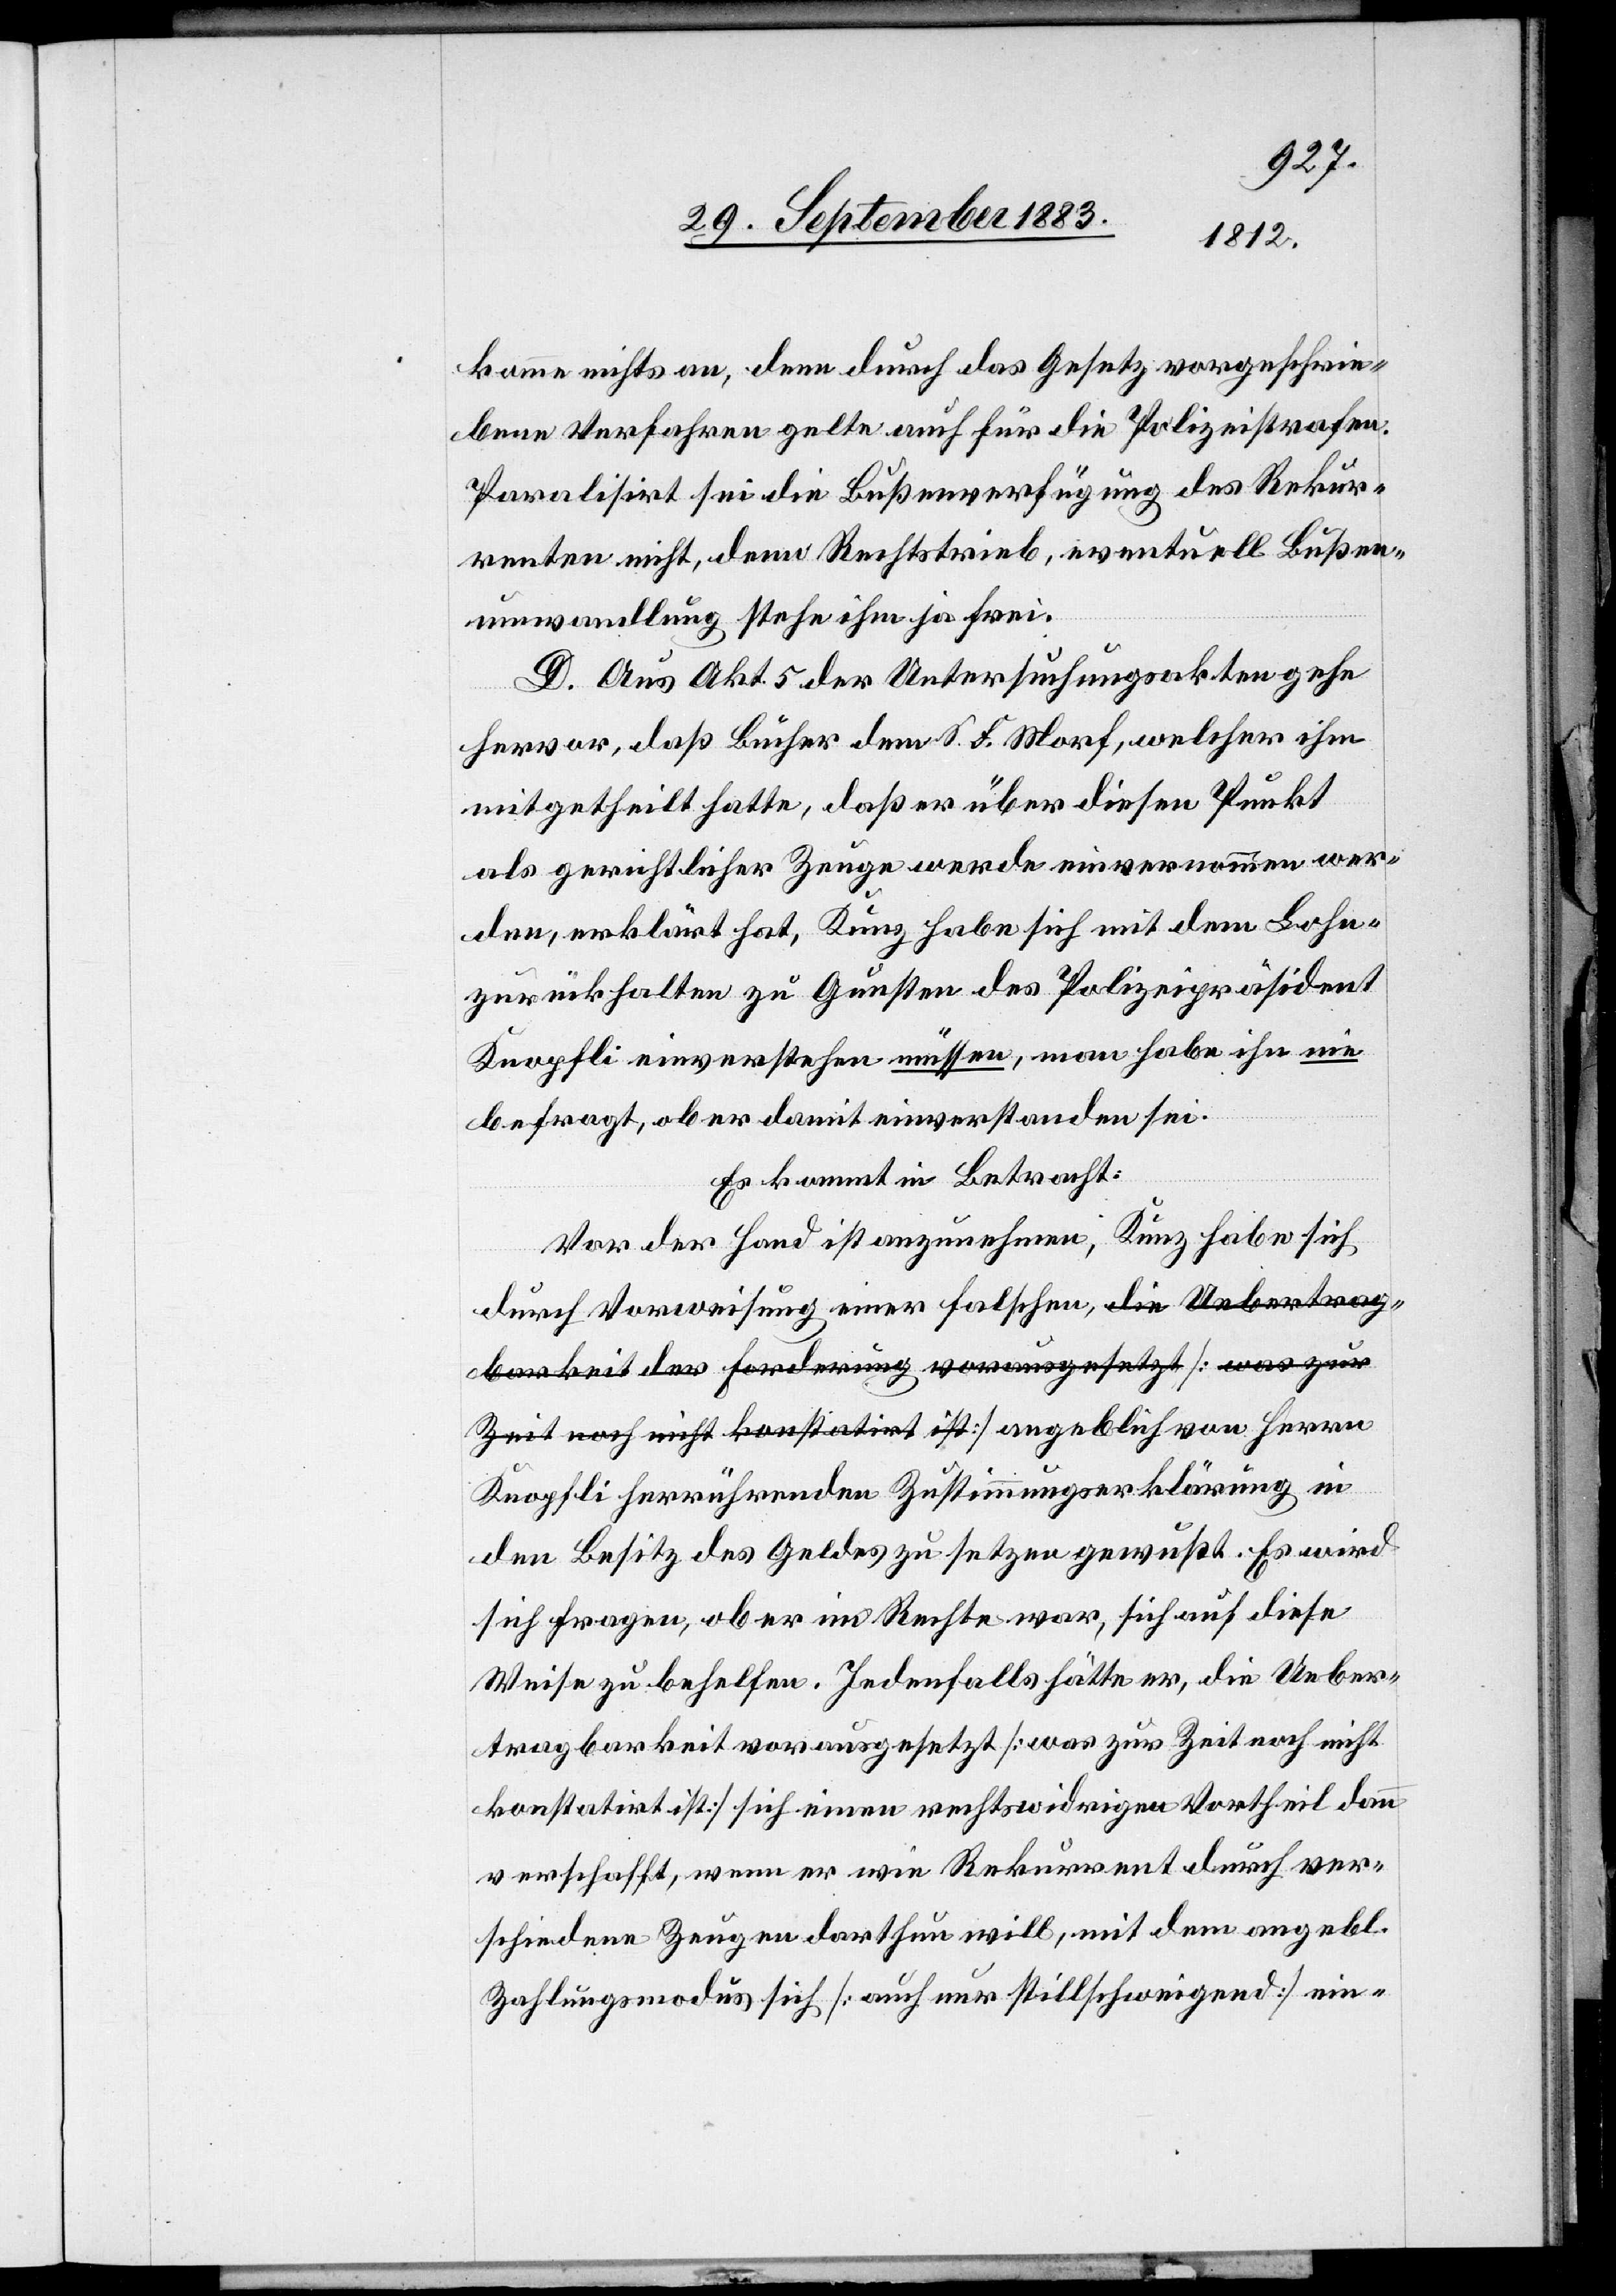
komme nichts an, denn [das] durch das Gesetz vorgeschrie¬
bene Verfahren gelte auch für die Polizeistrafen.
Paralisirt sei die Bußenverfügung des Rekur¬
renten nicht, denn Rechtstrieb, eventuell Bußen¬
umwandlung stehe ihm ja frei.
D. Aus Akt. 5 der Untersuchungsakten gehe
hervor, daß Bucher dem S. F. Morf, welcher ihm
mitgetheilt hatte, daß er über diesen Punkt
als gerichtlicher Zeuge werde einvernommen wer¬
den, erklärt hat, Kunz habe sich mit dem Lohn¬
zurückhalten zu Gunsten des Polizeipräsident
Knopfli einverstehen müssen, man habe ihn nie
befragt, ob er damit einverstanden sei.
Es kommt in Betracht:
Vor der Hand ist anzunehmen, Kunz habe sich
durch Vorweisung einer falschen, a-die Uebertrag¬
barkeit der Forderung vorausgesetzt [was zur
Zeit noch nicht konstatirt ist]-a angeblich von Herren
Knopfli herrührenden Zustimmungserklärung in
den Besitz des Geldes zu setzen gewußt. Es wird
sich fragen, ob er im Rechte war, sich auf diese
Weise zu behelfen. Jedenfalls hätte er, die Ueber¬
tragbarkeit vorausgesetzt [was zur Zeit noch nicht
konstatirt ist] sich einen rechtswidrigen Vortheil dann
verschafft, wenn er wie Rekurrent durch ver¬
schiedene Zeugen darthun will, mit dem angebl.
Zahlungsmodus sich [auch nur stillschweigend] ein-